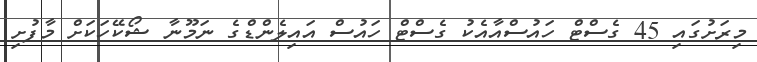
މިރަށުގައި 45 ގެސްޓް ހައުސްއާއެކު ގެސްޓް ހައުސް އައިލެންޑްގެ ނަމޫނާ ޝޯކޭހަކަށް މާފުށި